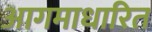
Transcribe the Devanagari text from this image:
आगमाधारित